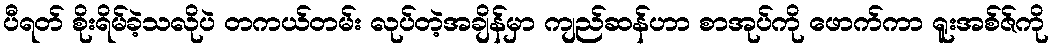
ပီရတ် စိုးရိမ်ခဲ့သလိုပဲ တကယ်တမ်း လုပ်တဲ့အချိန်မှာ ကျည်ဆန်ဟာ စာအုပ်ကို ဖောက်ကာ ရူးအစ်ဇ်ကို